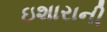
ઇશારાની